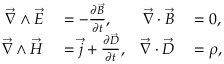
\begin{array} { r l r l } { \vec { \nabla } \wedge \vec { E } } & { { } = - \frac { \partial \vec { B } } { \partial t } , } & { \vec { \nabla } \cdot \vec { B } } & { { } = 0 , } \\ { \vec { \nabla } \wedge \vec { H } } & { { } = \vec { j } + \frac { \partial \vec { D } } { \partial t } , } & { \vec { \nabla } \cdot \vec { D } } & { { } = \rho , } \end{array}